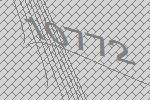
10772